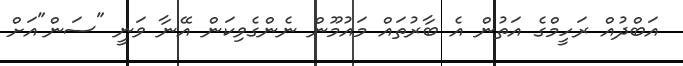
އަބްދުއް ރަހީމްގެ އަތުން އެ ބާރުތައް މައުމޫން ނެންގެވިކަން އޭނާ ވަނީ "ސަން"އަށް